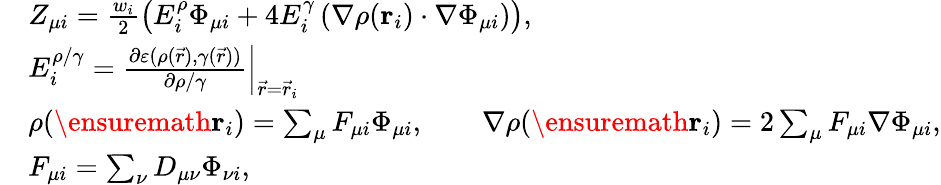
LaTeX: \begin{array}{rl}&{Z_{\mu i}=\frac{w_{i}}{2}\left(E_{i}^{\rho}\Phi_{\mu i}+4E_{i}^{\gamma}\left(\nabla\rho(\mathbf{r}_{i})\cdot\nabla\Phi_{\mu i}\right)\right),}\\ &{E_{i}^{\rho/\gamma}=\left.\frac{\partial\varepsilon(\rho(\vec{r}),\gamma(\vec{r}))}{\partial\rho/\gamma}\right\vert_{\vec{r}=\vec{r}_{i}}}\\ &{\rho(\ensuremath\mathbf{r}_{i})=\sum_{\mu}F_{\mu i}\Phi_{\mu i},\qquad\nabla\rho(\ensuremath\mathbf{r}_{i})=2\sum_{\mu}F_{\mu i}\nabla\Phi_{\mu i},}\\ &{F_{\mu i}=\sum_{\nu}D_{\mu\nu}\Phi_{\nu i},}\end{array}